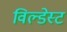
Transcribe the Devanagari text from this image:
विल्डेस्ट